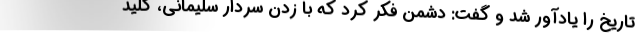
تاریخ را یادآور شد و گفت: دشمن فکر کرد که با زدن سردار سلیمانی، کلید